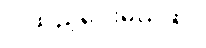
ပို ထည့်ပေးမယ်ဆို။